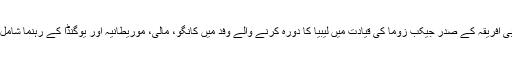
جنوبی افریقہ کے صدر جیکب زوما کی قیادت میں لیبیا کا دورہ کرنے والے وفد میں کانگو، مالی، موریطانیہ اور یوگنڈا کے رہنما شامل ہیں۔